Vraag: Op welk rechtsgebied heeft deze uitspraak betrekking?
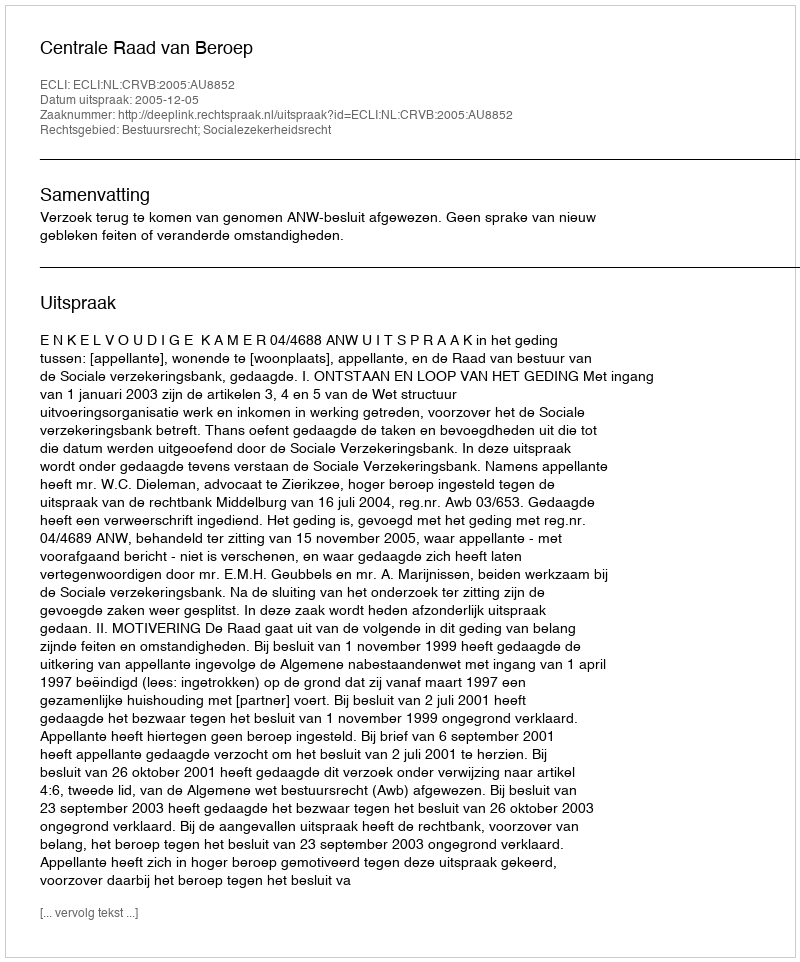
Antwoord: Bestuursrecht; Socialezekerheidsrecht